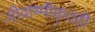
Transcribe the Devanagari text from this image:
जीवाष्मीकृतही